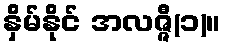
နှိမ်နိုင် အလဇ္ဇီ(၁)။